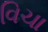
વિચા